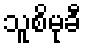
သူစိမုခီ